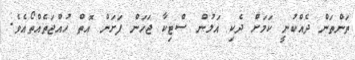
ތަންތަން ދެއްކުނީ ކަމަށް ދެކި އަލުން ސްޓިކާ ޖަހަން ފަށަން އޮތް ހުއްޖަތެއްތޯއެވެ.